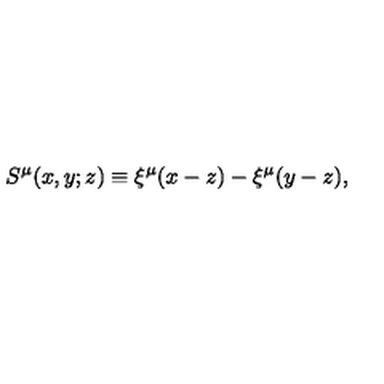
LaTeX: S ^ { \mu } ( x , y ; z ) \equiv \xi ^ { \mu } ( x - z ) - \xi ^ { \mu } ( y - z ) ,